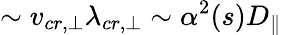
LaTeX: \sim v_{cr,\bot}\lambda_{cr,\bot}\sim\alpha^{2}(s)D_{\| }